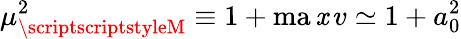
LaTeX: \mu_{{\scriptscriptstyleM}}^{2}\equiv1+\operatorname*{ma\mathit{x}}v\simeq1+a_{0}^{2}